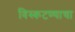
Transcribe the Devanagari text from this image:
विस्कटण्याचा